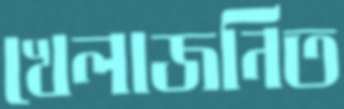
খেলাজনিত